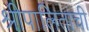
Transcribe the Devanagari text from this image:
श्रीपालिताची